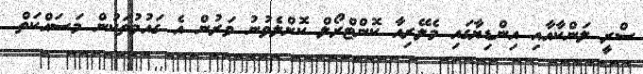
ސްރީ ލަންކާއާއި އިންޑިޔާގައި މެލޭރިއާ ކޮންޓްރޯލް ކޮށްލެވުނު ވަރުން އެ ގައުމުތަކުން މަސައްކަތް